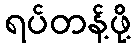
ရပ်တန့်ဖို့